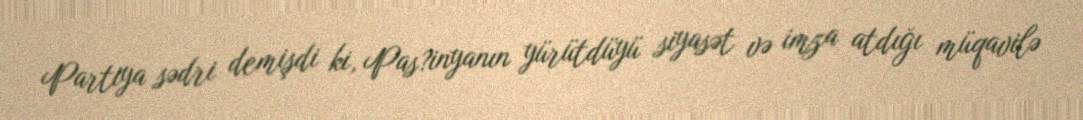
Partiya sədri demişdi ki, Pas?inyanın yürütdüyü siyasət və imza atdığı müqavilə